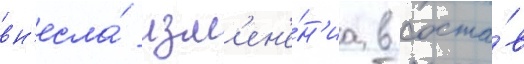
вн'есла́ изм'ен'е́н'иа в соста́в